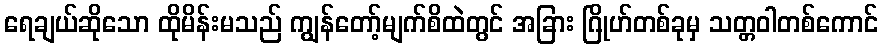
ရေချယ်ဆိုသော ထိုမိန်းမသည် ကျွန်တော့်မျက်စိထဲတွင် အခြား ဂြိုဟ်တစ်ခုမှ သတ္တဝါတစ်ကောင်